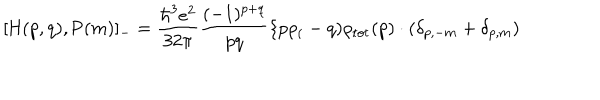
[ \mathrm { H } ( p , q ) , \mathrm { P } ( m ) ] _ { - } = \frac { { \hbar } ^ { 3 } e ^ { 2 } } { 3 2 \pi } \frac { ( - 1 ) ^ { p + q } } { p q } \{ p \rho _ { ( } - q ) \rho _ { \mathrm { t o t } } ( p ) \cdot ( \delta _ { p , - m } + \delta _ { p , m } )